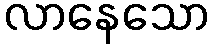
လာနေသော